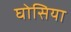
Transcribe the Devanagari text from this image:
घोसिया